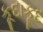
કૂદાકૂદ